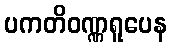
ပကတိဝဏ္ဏရူပေန